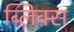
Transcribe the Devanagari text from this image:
ब्लिक्स